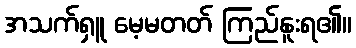
အသက်ရှူ မေ့မတတ် ကြည်နူးရ၏။